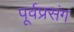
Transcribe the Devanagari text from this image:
पूर्वप्रसंग